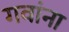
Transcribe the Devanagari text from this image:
गवांना